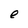
Character: e